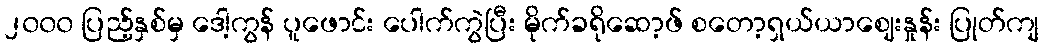
၂၀၀၀ ပြည့်နှစ်မှ ဒေါ့ကွန် ပူဖောင်း ပေါက်ကွဲပြီး မိုက်ခရိုဆော့ဖ် စတော့ရှယ်ယာဈေးနှုန်း ပြုတ်ကျ